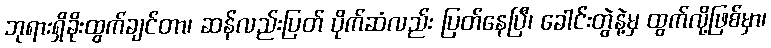
ဘုရားရှိခိုးထွက်ချင်တာ၊ ဆန်လည်းပြတ် ပိုက်ဆံလည်း ပြတ်နေပြီ၊ ခေါင်းတွဲနဲ့မှ ထွက်လို့ဖြစ်မှာ၊